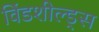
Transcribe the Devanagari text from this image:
विंडशील्ड्स